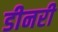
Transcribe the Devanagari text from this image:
डीनरी